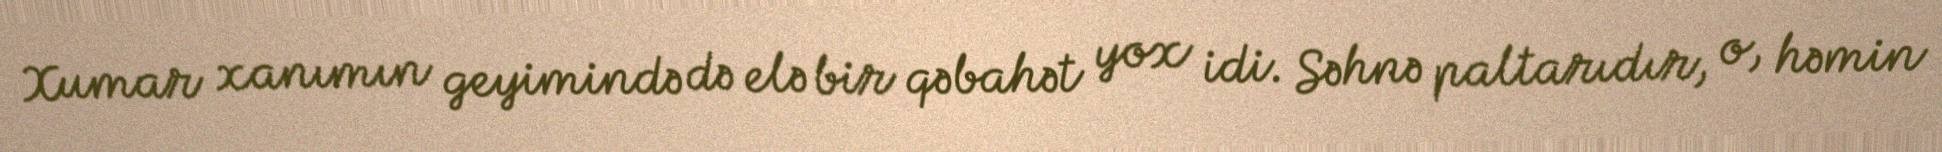
Xumar xanımın geyimində də elə bir qəbahət yox idi. Səhnə paltarıdır, o, həmin